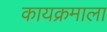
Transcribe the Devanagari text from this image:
कायक्रमाला